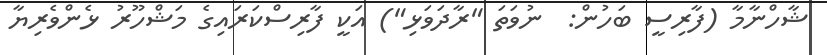
ޝާހްނާމާ (ފާރިސީ ބަހުން:  ނުވަތަ "ރާދަވަޅި") އަކީ ފާރިސްކަރައިގެ މަޝްހޫރު ޅެންވެރިޔާ